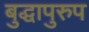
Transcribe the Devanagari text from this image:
बुद्धापुरुप